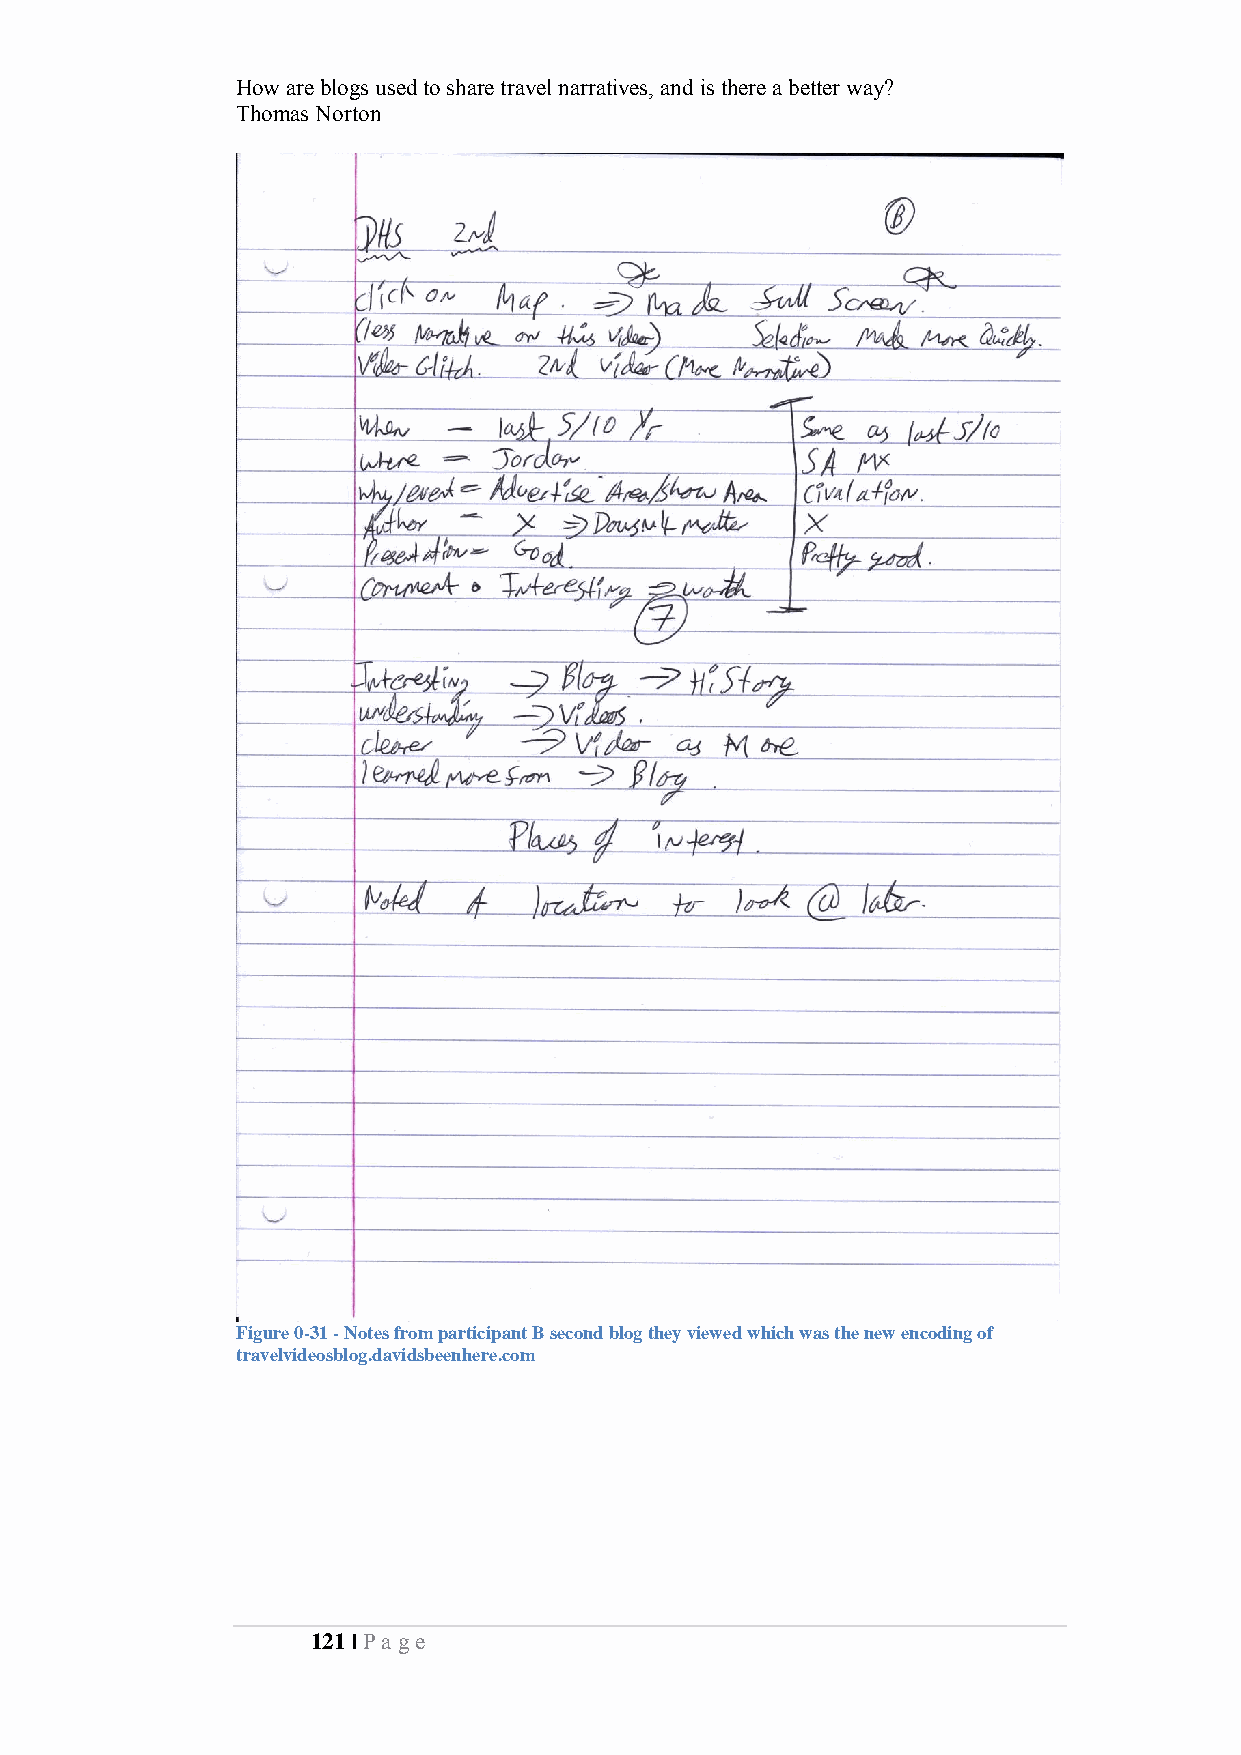
How are blogs used to share travel narratives, and is there a better way?
 Thomas Norton
 Figure 0-31 - Notes from participant B second blog they viewed which was the new encoding of
 travelvideosblog.davidsbeenhere.com
 121 | Pa ge